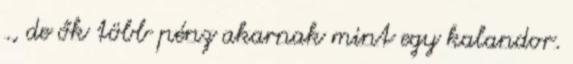
., de ők több pénz akarnak mint egy kalandor.